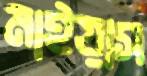
মাইয়াস